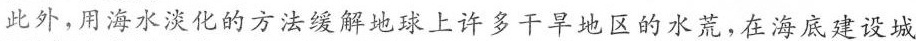
此外，用海水淡化的方法缓解地球上许多干旱地区的水荒，在海底建设城